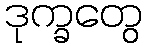
ဒုက္ခတွေ